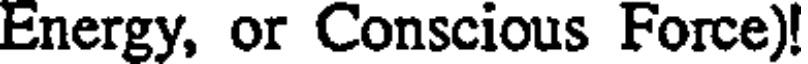
Energy, or Conscious Force)!